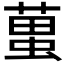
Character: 𧍣